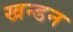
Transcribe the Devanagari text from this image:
खन्डन